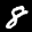
Label: 8